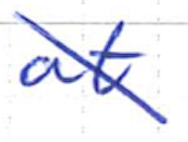
Text: at
Cross-out: diagonal
Writing tool: ballpoint